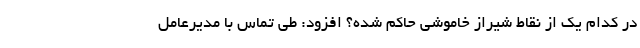
در کدام یک از نقاط شیراز خاموشی حاکم شده؟ افزود: طی تماس با مدیرعامل